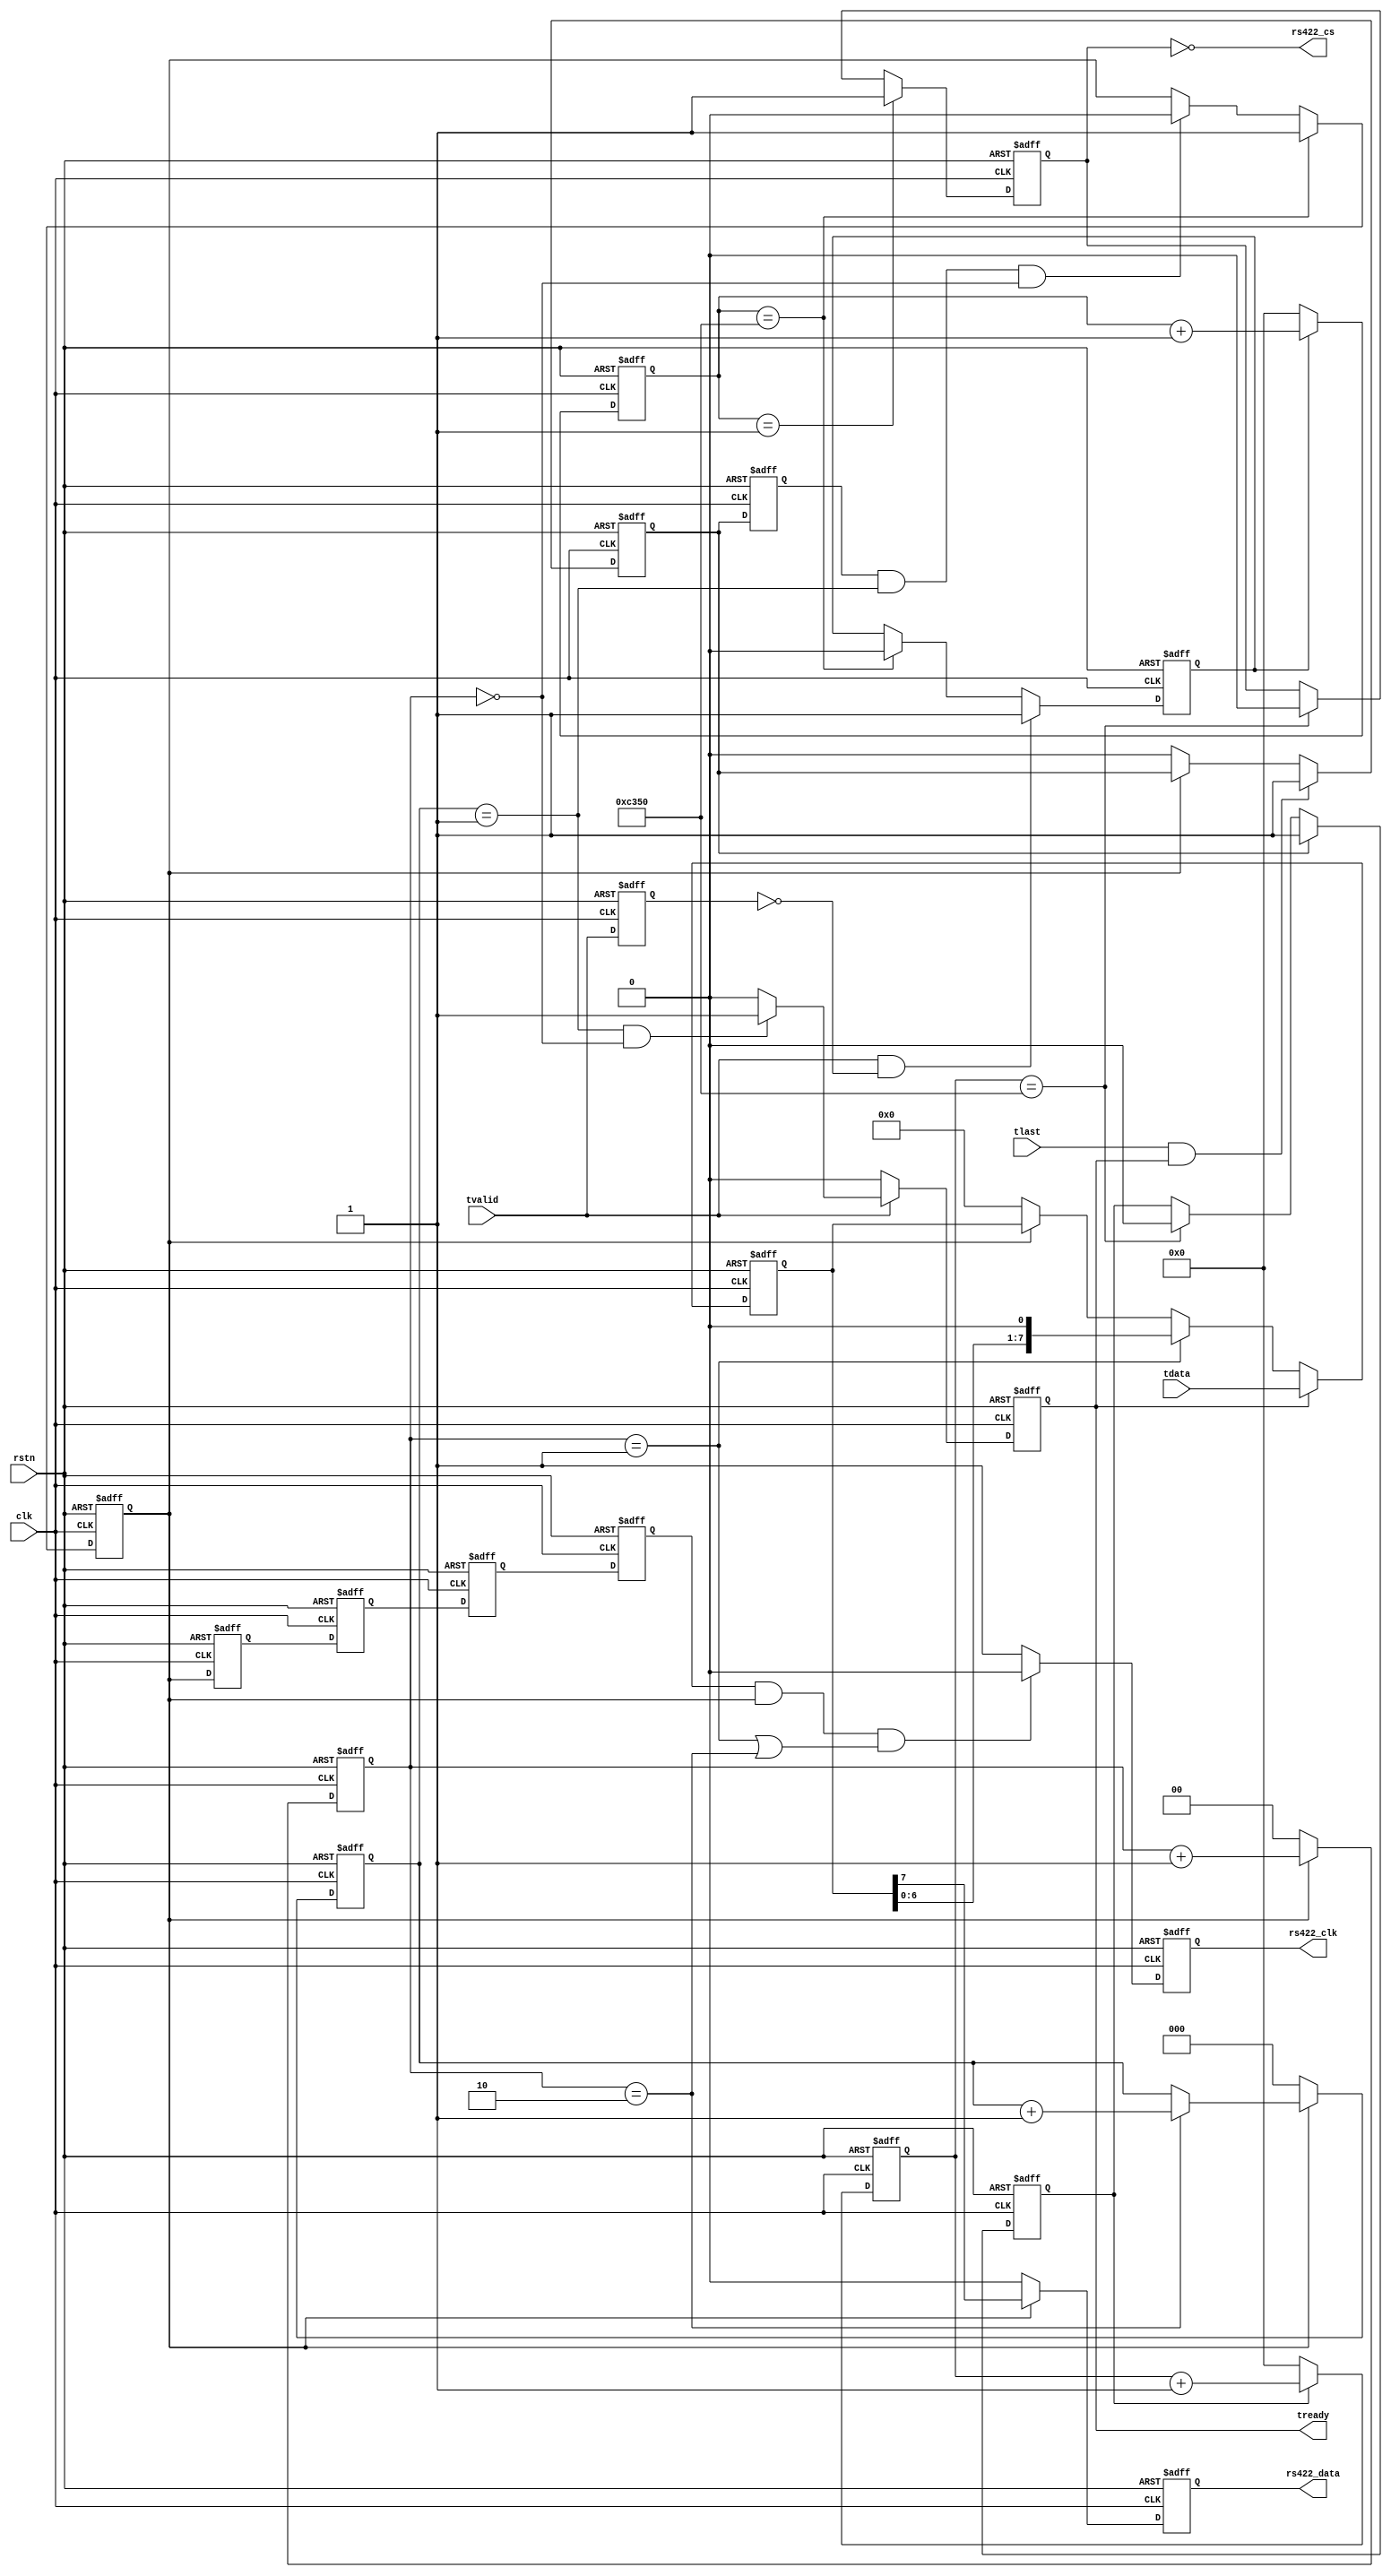
module axistreamtors422 (
                         clk,
						 rstn,
						 tvalid,
						 tready,
						 tlast,
						 tdata,
						 rs422_clk,
						 rs422_cs,
						 rs422_data
						 );

input         clk;
input         rstn;
input         tvalid;
output        tready;
input         tlast;
input   [7:0] tdata;
output        rs422_clk;
output        rs422_cs;
output        rs422_data;

parameter [15:0] rs422_en_delay_time = 16'd50000;

////////////////////
reg tvalid_dly;

always @(posedge clk or negedge rstn)
begin
     if (!rstn)
	    tvalid_dly <= 1'b0;
	 else
	    tvalid_dly <= tvalid;
end

reg wait_cnt_1_en;
reg [15:0] wait_cnt_1;

always @(posedge clk or negedge rstn)
begin
     if (!rstn)
	    wait_cnt_1_en <= 1'b0;
	 else if (tvalid == 1'b1 && tvalid_dly == 1'b0)
	    wait_cnt_1_en <= 1'b1;
	 else if (wait_cnt_1 == rs422_en_delay_time)
	    wait_cnt_1_en <= 1'b0;
end

always @(posedge clk or negedge rstn)
begin
     if (!rstn)
	    wait_cnt_1 <= 16'd0;
	 else if (wait_cnt_1_en == 1'b1)
	    wait_cnt_1 <= wait_cnt_1 + 1'b1;
	 else
	    wait_cnt_1 <= 16'd0;
end

////////////////////
reg tlast_dly;
reg tlast_dly2;
reg [1:0] clk_cnt;
reg bit_cnt_en;
reg [2:0] bit_cnt;

always @(posedge clk or negedge rstn)
begin
     if (!rstn)
	    tlast_dly <= 1'b0;
	 else if (tlast == 1'b1 && tready == 1'b1)
	    tlast_dly <= 1'b1;
	 else if (bit_cnt_en == 1'b0)
	    tlast_dly <= 1'b0;
end

always @(posedge clk or negedge rstn)
begin
     if (!rstn)
	    tlast_dly2 <= 1'b0;
	 else
	    tlast_dly2 <= tlast_dly;
end

always @(posedge clk or negedge rstn)
begin
     if (!rstn)
	    clk_cnt <= 2'd0;
	 else if (bit_cnt_en == 1'b1)
	    clk_cnt <= clk_cnt + 1'b1;
	 else
	    clk_cnt <= 2'd0;
end

always @(posedge clk or negedge rstn)
begin
     if (!rstn)
	    bit_cnt_en <= 1'b0;
	 else if (wait_cnt_1 == rs422_en_delay_time)
	    bit_cnt_en <= 1'b1;
	 else if (tlast_dly2 == 1'b1 && bit_cnt == 3'd1 && clk_cnt == 2'd0)
	    bit_cnt_en <= 1'b0;
end

always @(posedge clk or negedge rstn)
begin
     if (!rstn)
	    bit_cnt <= 5'd0;
	 else if (bit_cnt_en == 1'b1)
	    begin
		if (clk_cnt == 2'd2)
		bit_cnt <= bit_cnt + 1'b1;
		end
	 else
	    bit_cnt <= 5'd0;
end

reg bit_cnt_en_dly1;
reg bit_cnt_en_dly2;
reg bit_cnt_en_dly3;
reg bit_cnt_en_dly4;

always @(posedge clk or negedge rstn)
begin
     if (!rstn)
	    begin
		bit_cnt_en_dly1 <= 1'b0;
		bit_cnt_en_dly2 <= 1'b0;
		bit_cnt_en_dly3 <= 1'b0;
		bit_cnt_en_dly4 <= 1'b0;
		end
	 else
	    begin
		bit_cnt_en_dly1 <= bit_cnt_en;
		bit_cnt_en_dly2 <= bit_cnt_en_dly1;
		bit_cnt_en_dly3 <= bit_cnt_en_dly2;
		bit_cnt_en_dly4 <= bit_cnt_en_dly3;
		end
end

//////////streamfifo//////////
reg tready;

always @(posedge clk or negedge rstn)
begin
     if (!rstn)
	    tready <= 1'b0;
	 else if (tvalid == 1'b1)
	    begin
		if (bit_cnt == 3'd1 && clk_cnt == 2'd0)
		tready <= 1'b1;
		else
		tready <= 1'b0;
		end
	 else
	    tready <= 1'b0;
end

reg [7:0] tdata_reg;

always @(posedge clk or negedge rstn)
begin
     if (!rstn)
	    tdata_reg <= 8'd0;
	 else if (tready == 1'b1)
	    tdata_reg <= tdata;
	 else if (clk_cnt == 2'd1)
	    tdata_reg <= {tdata_reg[6:0],1'b0};
	 else if (bit_cnt_en == 1'b0)
	    tdata_reg <= 8'd0;
end

////////////////////
reg wait_cnt_2_en;
reg [15:0] wait_cnt_2;

always @(posedge clk or negedge rstn)
begin
     if (!rstn)
	    wait_cnt_2_en <= 1'b0;
	 else if (tlast_dly == 1'b1)
	    wait_cnt_2_en <= 1'b1;
	 else if (wait_cnt_2 == rs422_en_delay_time)
	    wait_cnt_2_en <= 1'b0;
end

always @(posedge clk or negedge rstn)
begin
     if (!rstn)
	    wait_cnt_2 <= 16'd0;
	 else if (wait_cnt_2_en == 1'b1)
	    wait_cnt_2 <= wait_cnt_2 + 1'b1;
	 else
	    wait_cnt_2 <= 16'd0;
end

//////////spi//////////
reg rs422_clk;

always @(posedge clk or negedge rstn)
begin
     if (!rstn)
	    rs422_clk <= 1'b1;
	 else if (bit_cnt_en_dly4 == 1'b1 && bit_cnt_en == 1'b1 && (clk_cnt == 2'd1 || clk_cnt == 2'd2))
	    rs422_clk <= 1'b0;
	 else
	    rs422_clk <= 1'b1;
end

reg rs422_en;

always @(posedge clk or negedge rstn)
begin
     if (!rstn)
	    rs422_en <= 1'b0;
	 else if (wait_cnt_1 == 12'd1)
	    rs422_en <= 1'b1;
	 else if (wait_cnt_2 == rs422_en_delay_time)
	    rs422_en <= 1'b0;
end

reg rs422_data;

always @(posedge clk or negedge rstn)
begin
     if (!rstn)
	    rs422_data <= 1'b0;
	 else if (bit_cnt_en == 1'b1)
	    rs422_data <= tdata_reg[7];
	 else
	    rs422_data <= 1'b0;
end

assign rs422_cs = !rs422_en; //| rs422_en_dly;

endmodule